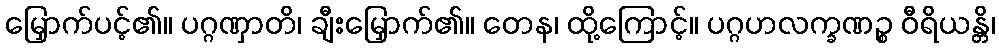
မြှောက်ပင့်၏။ ပဂ္ဂဏှာတိ၊ ချီးမြှောက်၏။ တေန၊ ထို့ကြောင့်။ ပဂ္ဂဟလက္ခဏဉ္စ ဝီရိယန္တိ၊